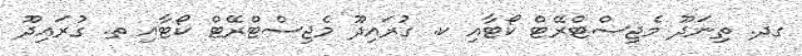
ގދ. ތިނަދޫ މެޖިސްޓްރޭޓް ކޯޓާއި ކ. ގުރައިދޫ މެޖިސްޓްރޭޓް ކޯޓާއި ތ. ގުރައިދޫ